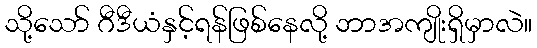
သို့သော် ဂီဒီယံနှင့်ရန်ဖြစ်နေလို့ ဘာအကျိုးရှိမှာလဲ။